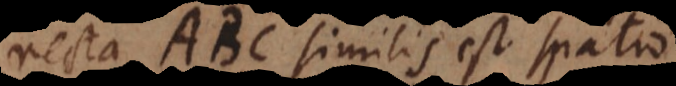
ta ABC similis est spatio